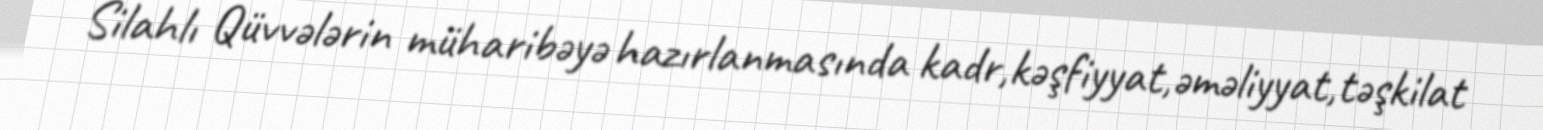
Silahlı Qüvvələrin müharibəyə hazırlanmasında kadr,kəşfiyyat,əməliyyat,təşkilat